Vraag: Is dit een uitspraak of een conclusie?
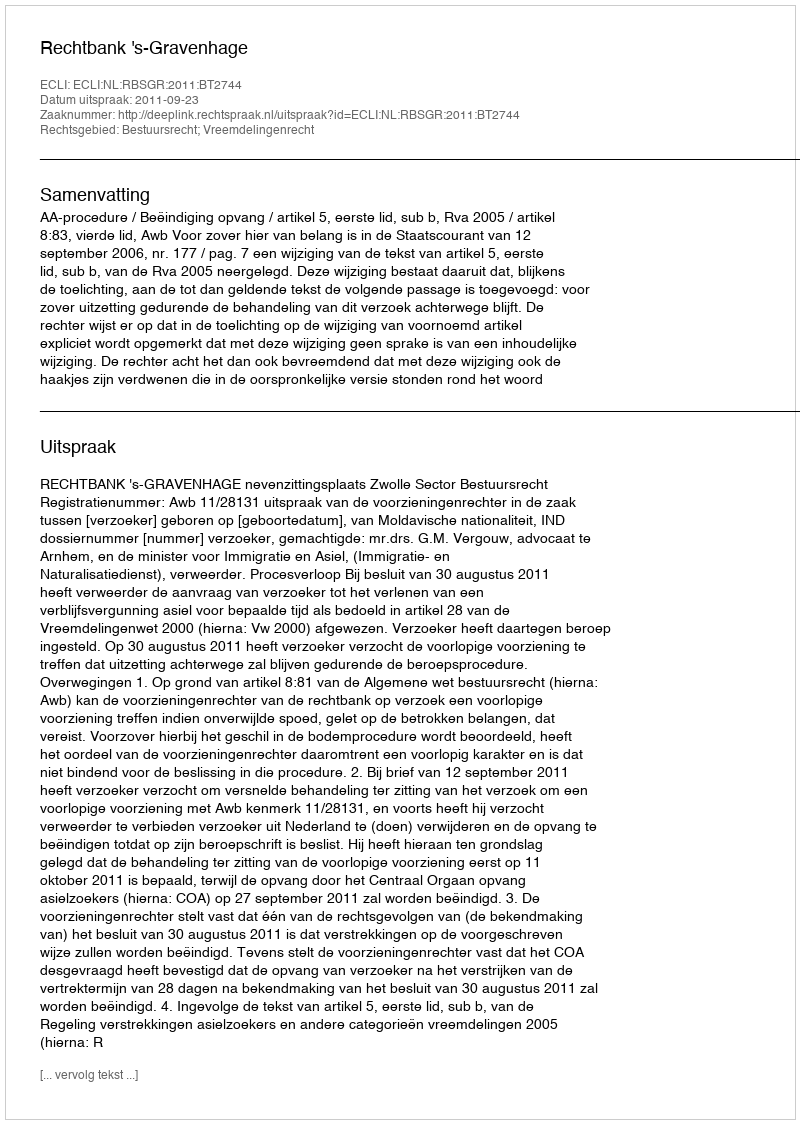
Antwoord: Uitspraak